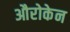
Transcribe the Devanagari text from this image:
औरोकेन